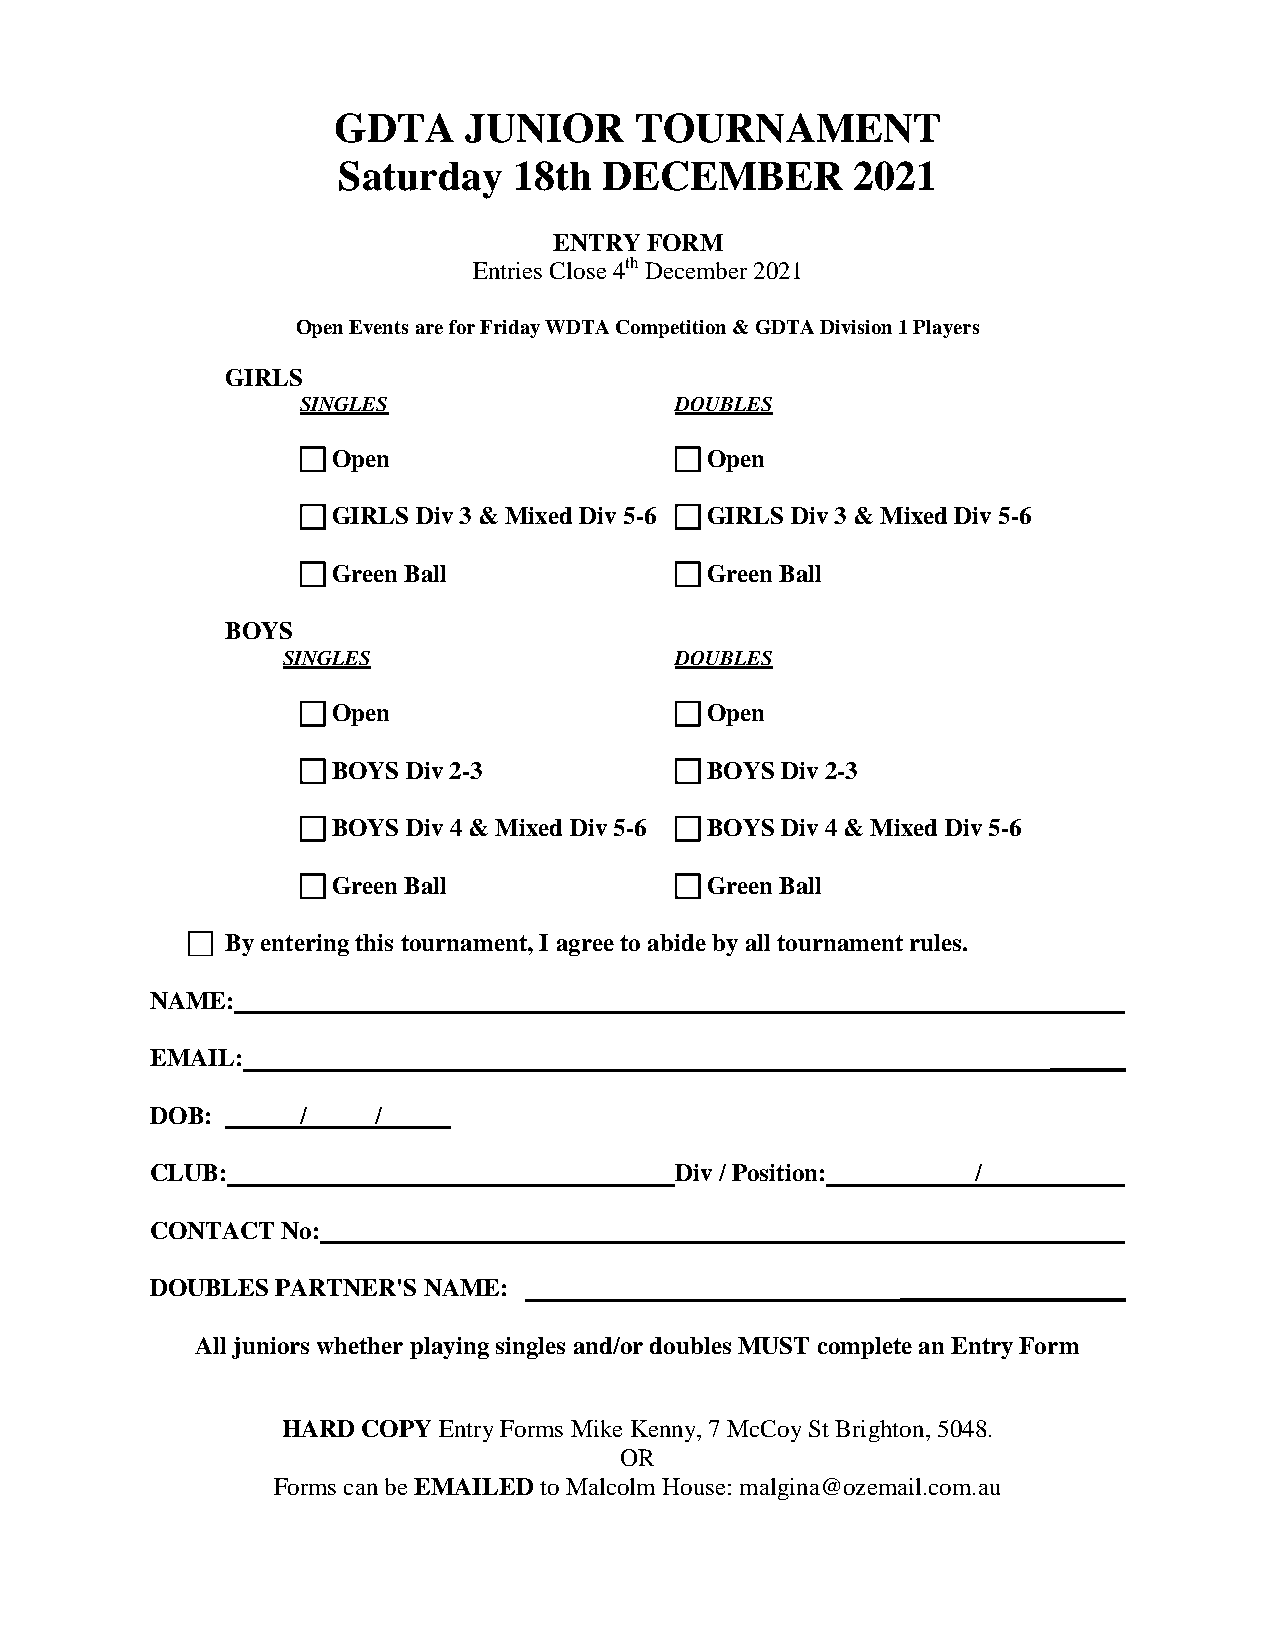
GDTA     JUNIOR     TOURNAMENT
 Saturday    18th  DECEMBER         2021
 ENTRY FORM
 Entries Close 4th December 2021
 Open Events are for Friday WDTA Competition & GDTA Division 1 Players
 GIRLS
 SINGLES                  DOUBLES
  Open                    Open
  GIRLS Div 3 & Mixed Div 5-6  GIRLS Div 3 & Mixed Div 5-6
  Green Ball              Green Ball
 BOYS
 SINGLES                   DOUBLES
  Open                    Open
  BOYS Div 2-3            BOYS Div 2-3
  BOYS Div 4 & Mixed Div 5-6  BOYS Div 4 & Mixed Div 5-6
  Green Ball              Green Ball
   By entering this tournament, I agree to abide by all tournament rules.
 NAME:
 EMAIL:                                                      ______
 DOB:      /    /
 CLUB:                              Div / Position:     /
 CONTACT  No:
 DOUBLES PARTNER'S NAME:                           __________________
 All juniors whether playing singles and/or doubles MUST complete an Entry Form
 HARD COPY Entry Forms Mike Kenny, 7 McCoy St Brighton, 5048.
 OR
 Forms can be EMAILED to Malcolm House: malgina@ozemail.com.au